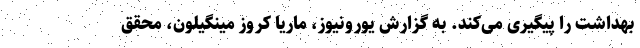
بهداشت را پیگیری می‌کند. به گزارش یورونیوز، ماریا کروز مینگیلون، محقق